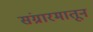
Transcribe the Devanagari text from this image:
संग्रारमातून